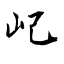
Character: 屺